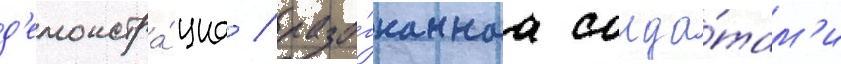
д'емонстра́циа / разо́гнаннаа солда́там'и